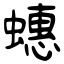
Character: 蟪